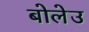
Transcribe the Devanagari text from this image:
बोलेउ